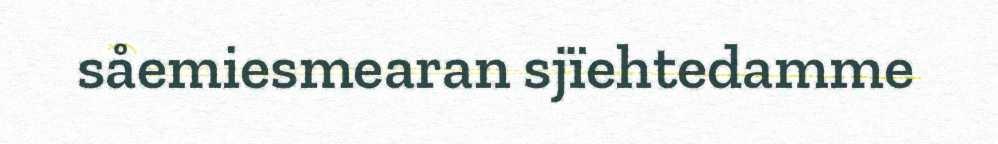
såemiesmearan sjïehtedamme